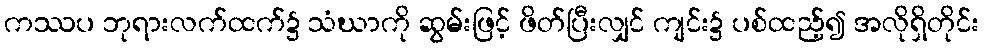
ကဿပ ဘုရားလက်ထက်၌ သံဃာကို ဆွမ်းဖြင့် ဖိတ်ပြီးလျှင် ကျင်း၌ ပစ်ထည့်၍ အလိုရှိတိုင်း